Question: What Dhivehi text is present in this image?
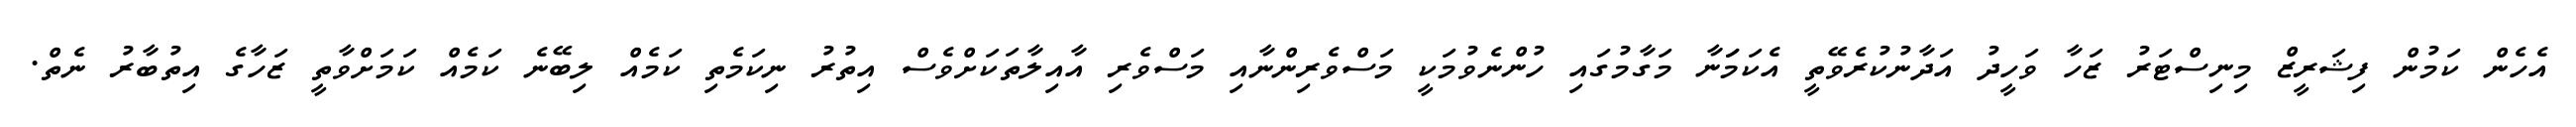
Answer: އެހެން ކަމުން ފިޝަރީޒް މިނިސްޓަރު ޒަހާ ވަހީދު އަދާނުކުރެވޭތީ އެކަމަަނާ މަގާމުގައި ހުންނެވުމަކީ މަސްވެރިންނާއި މަސްވެރި އާއިލާތަކަށްވެސް އިތުރު ނިކަމެތި ކަމެއް ލިބޭނެ ކަމެއް ކަމަށްވާތީ ޒަހާގެ އިތުބާރު ނެތް.